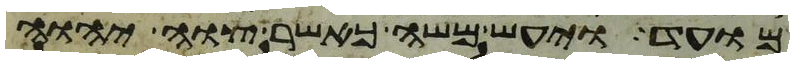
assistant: מועד ויעש משה כאשר צוה יהוה